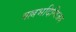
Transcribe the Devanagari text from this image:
वल्लभदिग्विजय